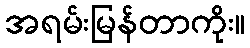
အရမ်းမြန်တာကိုး။